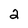
Character: 2